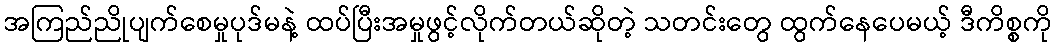
အကြည်ညိုပျက်စေမှုပုဒ်မနဲ့ ထပ်ပြီးအမှုဖွင့်လိုက်တယ်ဆိုတဲ့ သတင်းတွေ ထွက်နေပေမယ့် ဒီကိစ္စကို